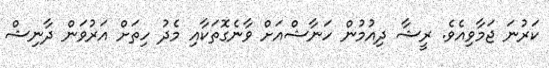
ކަރުނަ ޖަމާވިއެވެ. ރީޝާ ދިއުމުން ހަނާޝްއަށް ވާނެގޮތަކާއި މެދު ހިތަށް އަރުވަން ދާނިޝް